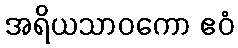
အရိယသာဝကော ဧဝံ